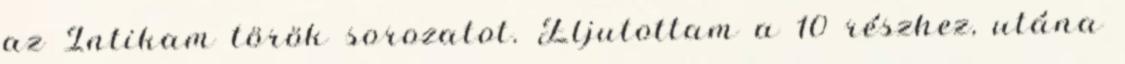
az Intikam török sorozatot. Eljutottam a 10 részhez, utána